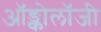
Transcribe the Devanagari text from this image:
ऑङ्कोलॉजी